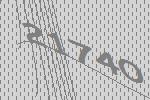
21740